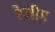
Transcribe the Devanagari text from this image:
रेज़ीम